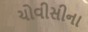
ચોવીસીના